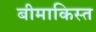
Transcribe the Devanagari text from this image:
बीमाकिस्त